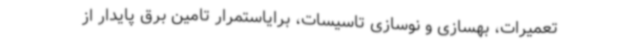
تعمیرات، بهسازی و نوسازی تاسیسات، برایاستمرار تامین برق پایدار از